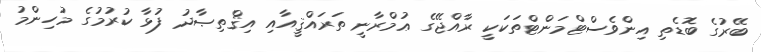
ބޭރުގެ ބޮޑެތި އިންވެސްޓްމަންޓްތަކަކީ ރާއްޖޭގެ ޢުމްރާނީ ތަރައްޤީއާއި އިޤްތިޞާދު ފުޅާ ކުރުމުގެ މުހިންމު